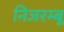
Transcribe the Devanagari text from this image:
निजरम्बू